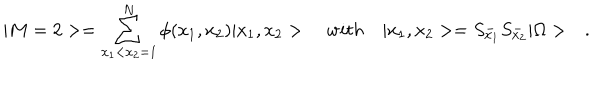
| M = 2 > = \sum _ { x _ { 1 } < x _ { 2 } = 1 } ^ { N } \phi ( x _ { 1 } , x _ { 2 } ) | x _ { 1 } , x _ { 2 } > \quad w i t h \quad | x _ { 1 } , x _ { 2 } > = S _ { x _ { 1 } } ^ { - } S _ { x _ { 2 } } ^ { - } | \Omega > \quad .